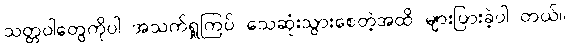
သတ္တဝါတွေကိုပါ အသက်ရှူကြပ် သေဆုံးသွားစေတဲ့အထိ များပြားခဲ့ပါ တယ်။